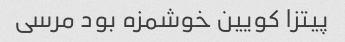
پیتزا کویین خوشمزه بود مرسی